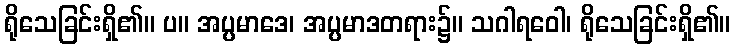
ရိုသေခြင်းရှိ၏။ ပ။ အပ္ပမာဒေ၊ အပ္ပမာဒတရား၌။ သဂါရဝေါ၊ ရိုသေခြင်းရှိ၏။